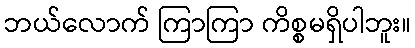
ဘယ်လောက် ကြာကြာ ကိစ္စမရှိပါဘူး။